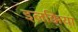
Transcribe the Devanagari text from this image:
इलक्किया